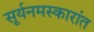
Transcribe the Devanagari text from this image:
सूर्यनमस्कारांत